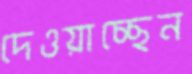
দেওয়াচ্ছেন